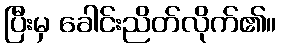
ပြီးမှ ခေါင်းညိတ်လိုက်၏။